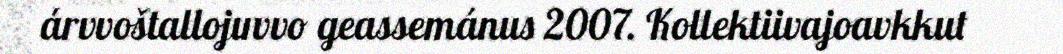
árvvoštallojuvvo geassemánus 2007. Kollektiivajoavkkut